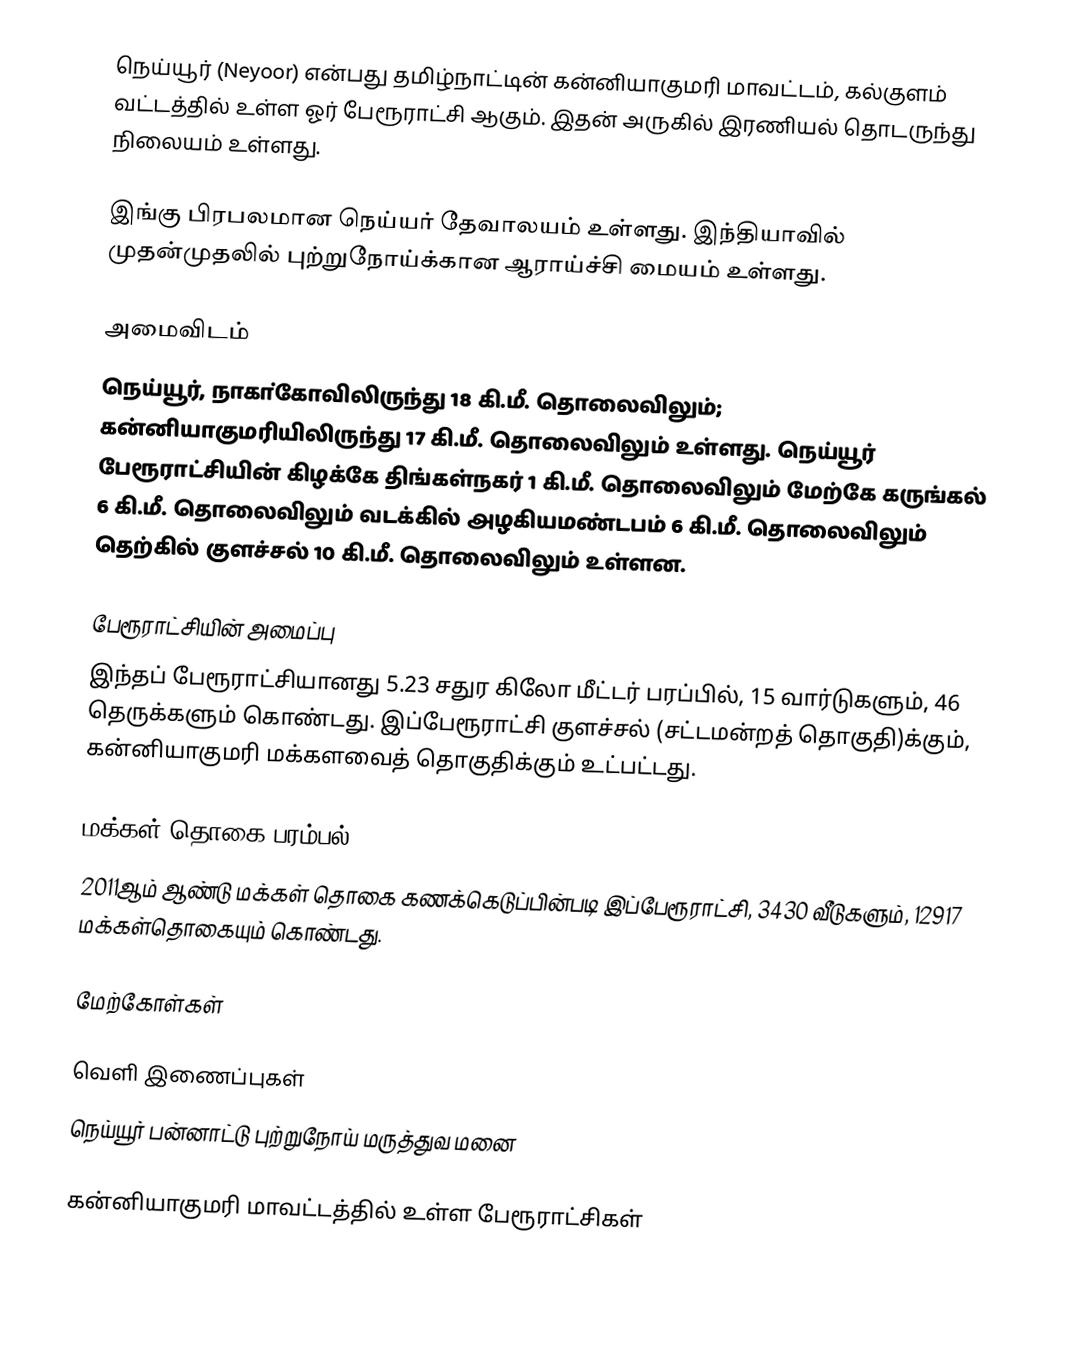
நெய்யூர் (Neyoor) என்பது தமிழ்நாட்டின் கன்னியாகுமரி மாவட்டம், கல்குளம் வட்டத்தில் உள்ள ஓர் பேரூராட்சி ஆகும். இதன் அருகில் இரணியல் தொடருந்து நிலையம் உள்ளது.

இங்கு பிரபலமான நெய்யர் தேவாலயம் உள்ளது. இந்தியாவில் முதன்முதலில் புற்றுநோய்க்கான ஆராய்ச்சி மையம் உள்ளது.

அமைவிடம்
நெய்யூர், நாகா்கோவிலிருந்து 18 கி.மீ. தொலைவிலும்; கன்னியாகுமரியிலிருந்து 17 கி.மீ. தொலைவிலும் உள்ளது. நெய்யூர் பேரூராட்சியின் கிழக்கே திங்கள்நகர் 1 கி.மீ. தொலைவிலும் மேற்கே கருங்கல் 6 கி.மீ. தொலைவிலும் வடக்கில் அழகியமண்டபம் 6 கி.மீ. தொலைவிலும் தெற்கில் குளச்சல் 10 கி.மீ. தொலைவிலும் உள்ளன.

பேரூராட்சியின் அமைப்பு
இந்தப் பேரூராட்சியானது 5.23 சதுர கிலோ மீட்டர் பரப்பில், 15 வார்டுகளும், 46 தெருக்களும் கொண்டது. இப்பேரூராட்சி குளச்சல் (சட்டமன்றத் தொகுதி)க்கும், கன்னியாகுமரி மக்களவைத் தொகுதிக்கும் உட்பட்டது.

மக்கள் தொகை பரம்பல்
2011ஆம் ஆண்டு மக்கள் தொகை கணக்கெடுப்பின்படி  இப்பேரூராட்சி, 3430 வீடுகளும், 12917 மக்கள்தொகையும் கொண்டது.

மேற்கோள்கள்

வெளி இணைப்புகள்
 நெய்யூர் பன்னாட்டு புற்றுநோய் மருத்துவ மனை

கன்னியாகுமரி மாவட்டத்தில் உள்ள பேரூராட்சிகள்